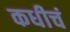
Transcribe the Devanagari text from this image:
कधीचं